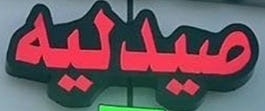
صيدليه